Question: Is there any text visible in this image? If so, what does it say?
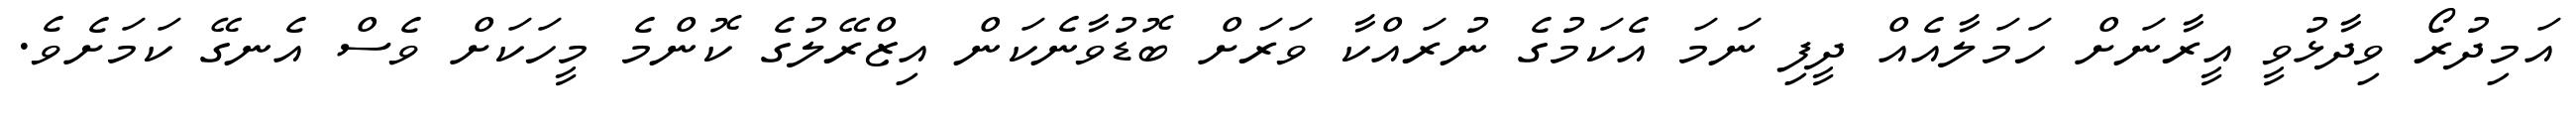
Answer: އަމިދުރޯ ވިދާޅުވީ އީރާނަށް ހަމަލާއެއް ދީފި ނަމަ އެކަމުގެ ނުރައްކާ ވަރަށް ބޮޑުވާނެކަން އިޒްރޭލުގެ ކޮންމެ މީހަކަށް ވެސް އެނގޭ ކަމަށެވެ.